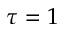
\tau = 1